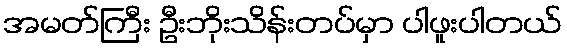
အမတ်ကြီး ဦးဘိုးသိန်းတပ်မှာ ပါဖူးပါတယ်